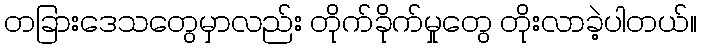
တခြားဒေသတွေမှာလည်း တိုက်ခိုက်မှုတွေ တိုးလာခဲ့ပါတယ်။